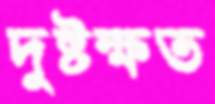
দুষ্টক্ষত